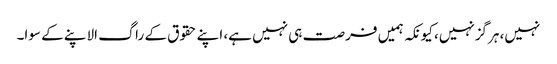
نہیں، ہرگزنہیں، کیونکہ ہمیں فرصت ہی نہیں ہے، اپنے حقوق کے راگ الاپنے کے سوا۔